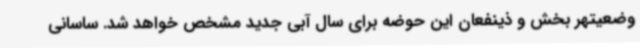
وضعیتهر بخش و ذینفعان این حوضه برای سال آبی جدید مشخص خواهد شد. ساسانی